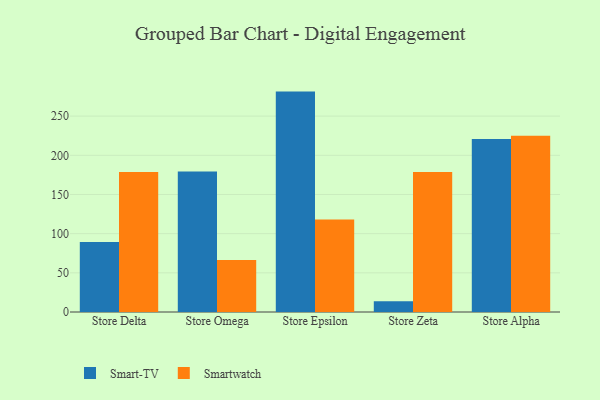
{"axis": {"x": "Store", "y": "Headcount"}, "legend": ["Smart-TV", "Smartwatch"], "data": [{"x": "Store Delta", "y": 89.3, "type": "Smart-TV"}, {"x": "Store Delta", "y": 178.8, "type": "Smartwatch"}, {"x": "Store Omega", "y": 179.2, "type": "Smart-TV"}, {"x": "Store Omega", "y": 66.3, "type": "Smartwatch"}, {"x": "Store Epsilon", "y": 281.3, "type": "Smart-TV"}, {"x": "Store Epsilon", "y": 118.1, "type": "Smartwatch"}, {"x": "Store Zeta", "y": 13.8, "type": "Smart-TV"}, {"x": "Store Zeta", "y": 178.7, "type": "Smartwatch"}, {"x": "Store Alpha", "y": 220.8, "type": "Smart-TV"}, {"x": "Store Alpha", "y": 224.9, "type": "Smartwatch"}]}